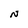
Character: N